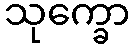
သုက္ခော